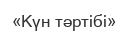
«Күн тәртібі»